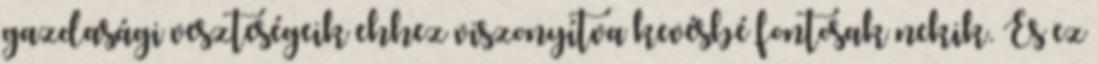
gazdasági veszteségeik ehhez viszonyítva kevésbé fontosak nekik. És ez